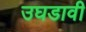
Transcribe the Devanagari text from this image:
उघडावी